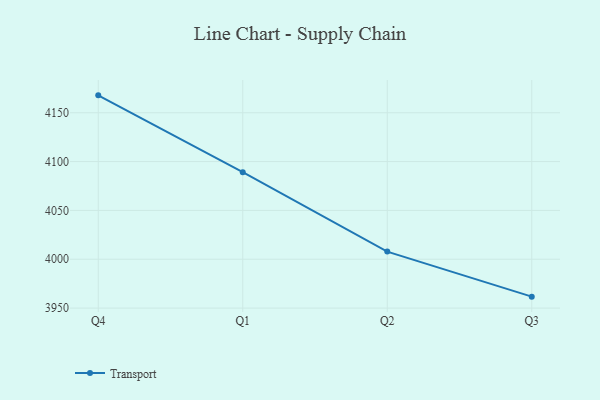
{"axis": {"x": "Quarter", "y": "Humidity (%)"}, "legend": ["Transport"], "data": [{"x": "Q4", "y": 4167.8, "type": "Transport"}, {"x": "Q1", "y": 4089.1, "type": "Transport"}, {"x": "Q2", "y": 4007.8, "type": "Transport"}, {"x": "Q3", "y": 3961.7, "type": "Transport"}]}